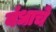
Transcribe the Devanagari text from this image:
बंधाचे